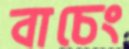
বাচেং